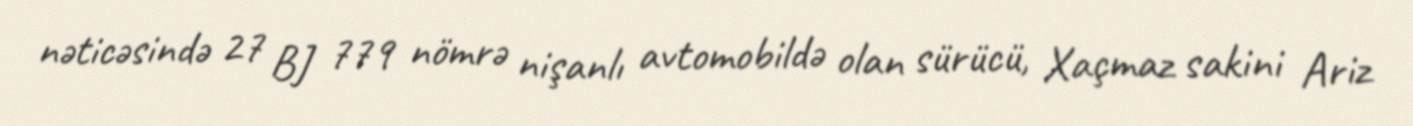
nəticəsində 27 BJ 779 nömrə nişanlı avtomobildə olan sürücü, Xaçmaz sakini Ariz